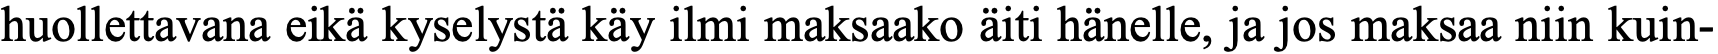
huollettavana eikä kyselystä käy ilmi maksaako äiti hänelle, ja jos maksaa niin kuin-